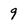
Character: 9